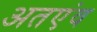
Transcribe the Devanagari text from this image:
अतएंव